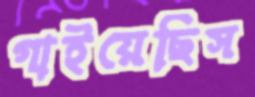
গাইয়েছিস